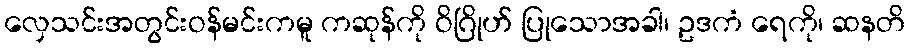
လှေသင်းအတွင်းဝန်မင်းကမူ ကဆုန်ကို ဝိဂြိုဟ် ပြုသောအခါ၊ ဥဒကံ ရေကို၊ ဆနတိ